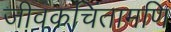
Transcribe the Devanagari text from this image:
जीवकचिंतामणि